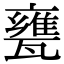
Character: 甕